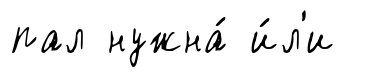
пал нужна́ и́л'и